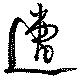
遭